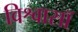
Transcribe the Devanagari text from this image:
विश्वासॉ